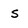
Character: s